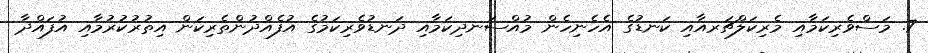
7. މަސްވެރިކަމާއި މެރިކަލްޗަރއާއި ކަނޑުގެ އެހެނިހެން މުއްސަނދިކަމާއި ދަނޑުވެރިކަމުގެ އުފެއްދުންތެރިކަން އިތުރުކުރުމާއި އުފައްދާ